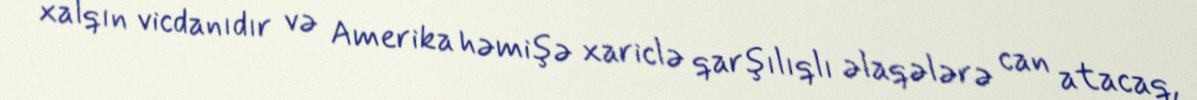
xalqın vicdanıdır və Amerika həmişə xariclə qarşılıqlı əlaqələrə can atacaq,